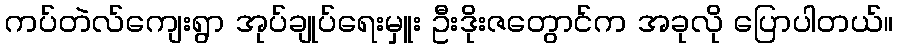
ကပ်တဲလ်ကျေးရွာ အုပ်ချုပ်ရေးမှူး ဦးဒိုးဇတွောင်က အခုလို ပြောပါတယ်။